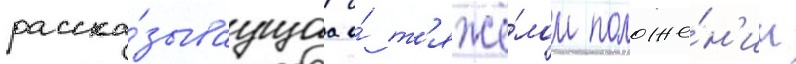
расска́зываущаа о́ т'яжё́лом положе́н'ии